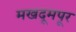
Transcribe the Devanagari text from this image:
मखदूमपूर